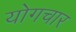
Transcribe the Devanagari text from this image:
योगचार